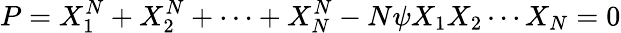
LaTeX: P=X_{1}^{N}+X_{2}^{N}+\cdots+X_{N}^{N}-N\psi X_{1}X_{2}\cdots X_{N}=0